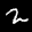
Label: 2